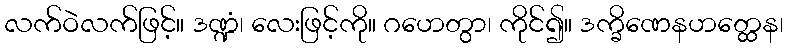
လက်ဝဲလက်ဖြင့်။ ဒဏ္ဍံ၊ လေးဖြင့်ကို။ ဂဟေတွာ၊ ကိုင်၍။ ဒက္ခိဏေနဟတ္ထေန၊